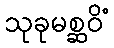
သုခုမစ္ဆဝိံ